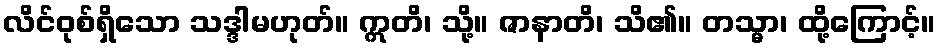
လိင်ဝုစ်ရှိသော သဒ္ဒါမဟုတ်။ ဣတိ၊ သို့။ ဇာနာတိ၊ သိ၏။ တသ္မာ၊ ထို့ကြောင့်။